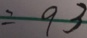
= 9 3